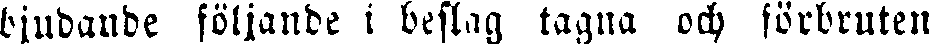
bjudande följande i beslag tagna och förbruten